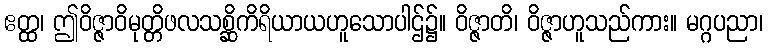
ဧတ္ထ၊ ဤဝိဇ္ဇာဝိမုတ္တိဖလသစ္ဆိကိရိယာယဟူသောပါဌ်၌။ ဝိဇ္ဇာတိ၊ ဝိဇ္ဇာဟူသည်ကား။ မဂ္ဂပညာ၊